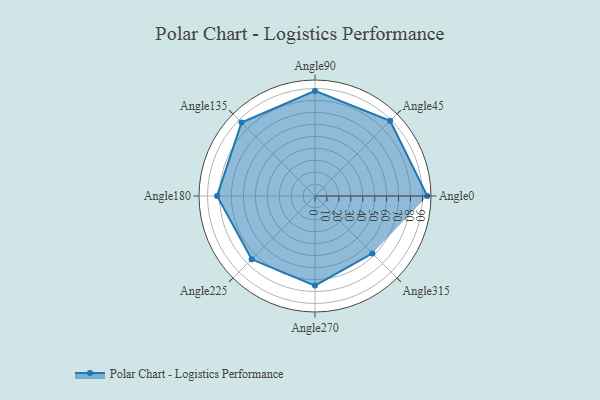
{"axis": {"x": "Angle", "y": "Radius"}, "legend": [""], "data": [{"x": "Angle0", "y": 94.0, "type": ""}, {"x": "Angle45", "y": 89.0, "type": ""}, {"x": "Angle90", "y": 88.0, "type": ""}, {"x": "Angle135", "y": 87.0, "type": ""}, {"x": "Angle180", "y": 82.0, "type": ""}, {"x": "Angle225", "y": 75.0, "type": ""}, {"x": "Angle270", "y": 75.0, "type": ""}, {"x": "Angle315", "y": 68.0, "type": ""}]}